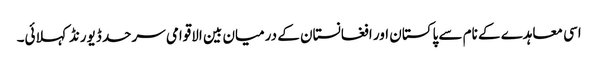
اسی معاہدے کے نام سے پاکستان اور افغانستان کے درمیان بین الاقوامی سرحد ڈیورنڈ کہلائی۔